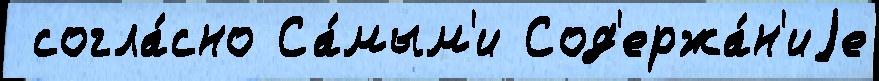
 согла́сно Са́мым'и Сод'ержа́н'иjе